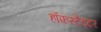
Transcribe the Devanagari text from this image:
हॉफ़स्टैड्टर